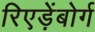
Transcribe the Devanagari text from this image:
रिएड़ेंबोर्ग